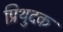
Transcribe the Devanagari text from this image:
प्रिथुदक